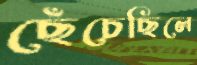
ছেঁচেছিলে